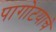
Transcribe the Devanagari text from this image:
पागोटयाचे